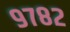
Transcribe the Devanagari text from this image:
९७८२